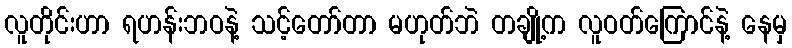
လူတိုင်းဟာ ရဟန်းဘဝနဲ့ သင့်တော်တာ မဟုတ်ဘဲ တချို့က လူဝတ်ကြောင်နဲ့ နေမှ